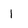
Character: 1